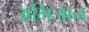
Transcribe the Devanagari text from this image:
अभिजान